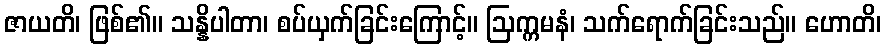
ဇာယတိ၊ ဖြစ်၏။ သန္နိပါတာ၊ စပ်ယှက်ခြင်းကြောင့်။ ဩက္ကမနံ၊ သက်ရောက်ခြင်းသည်။ ဟောတိ၊